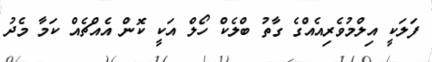
ފަލަކީ އިލްމުވެރިއެއްގެ ގާތު ބްލެކް ހޯލް އަކީ ކޮން އެއްޗެއް ކަމާ މެދު